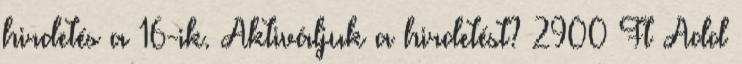
hirdetés a 16-ik. Aktiváljuk a hirdetést? 2900 Ft Add